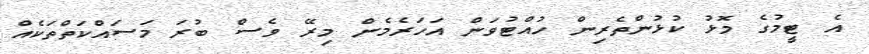
އެ ޓީމުގެ މޮޅު ކުޅުންތެރިން ހުއްޓުވަން އަހަރެމެން މިރޭ ވެސް ބުރަ މަސައްކަތްތަކެއް